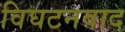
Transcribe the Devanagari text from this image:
विघटनवाद